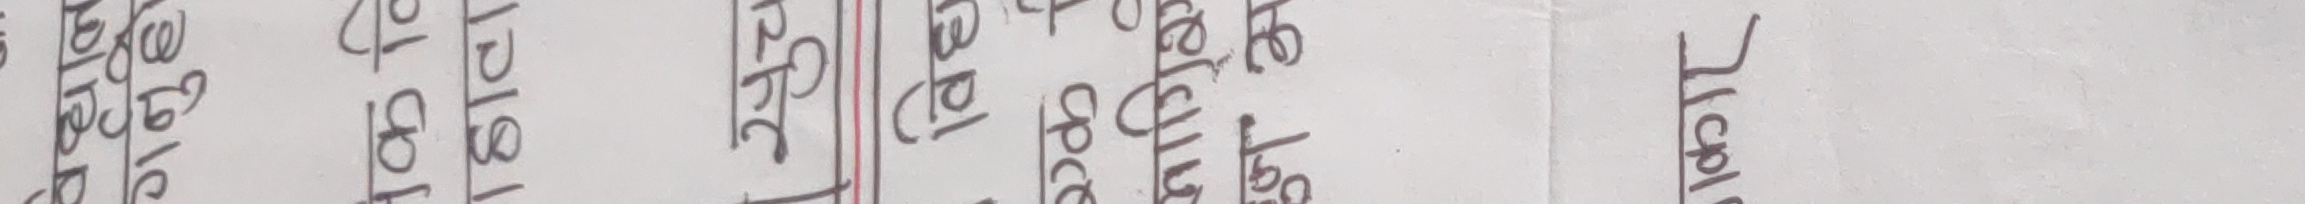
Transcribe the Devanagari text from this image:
सोज जोड घटाउ गुणा भाग मिटर सेमिटर मिलिमिटर किलोमिटर इन्च लिटर